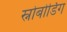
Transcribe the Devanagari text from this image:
स्नोबोर्डिग